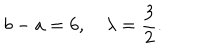
LaTeX: b - a = 6 , \quad \lambda = \frac { 3 } { 2 } .